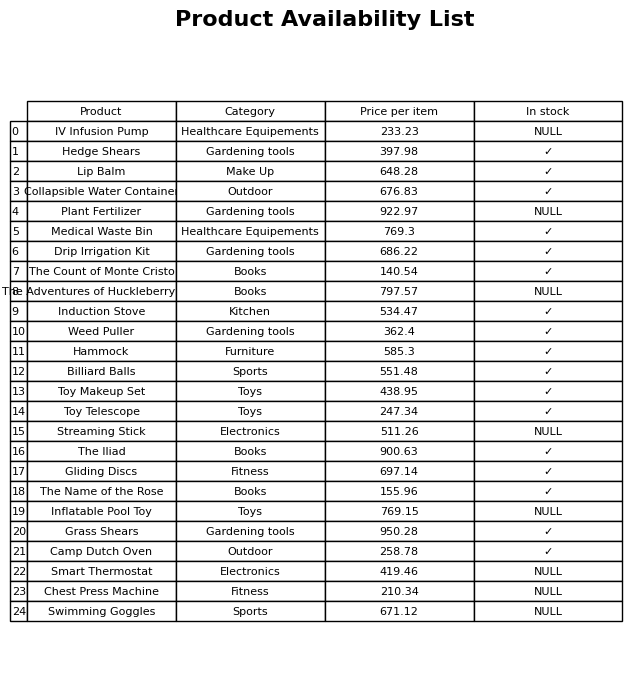
question: What is the price of the Swimming Goggles?
answer: The price of Swimming Goggles is 671.12.